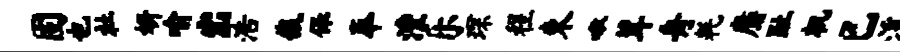
固也社妍喻出浩哉保奉澧乐琛程束啾茸舟耗麝趾机已溪